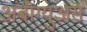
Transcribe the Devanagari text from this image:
अंबीग्युअस